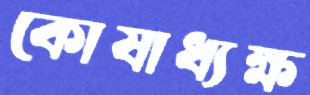
কোষাধ্যক্ষ